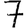
Digit: 7